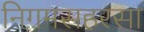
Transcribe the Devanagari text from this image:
निगमसहरसा